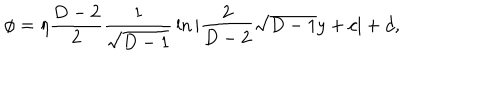
\phi = \eta { \frac { D - 2 } { 2 } } { \frac { 1 } { \sqrt { D - 1 } } } \ln | { \frac { 2 } { D - 2 } } \sqrt { D - 1 } y + c | + d ,